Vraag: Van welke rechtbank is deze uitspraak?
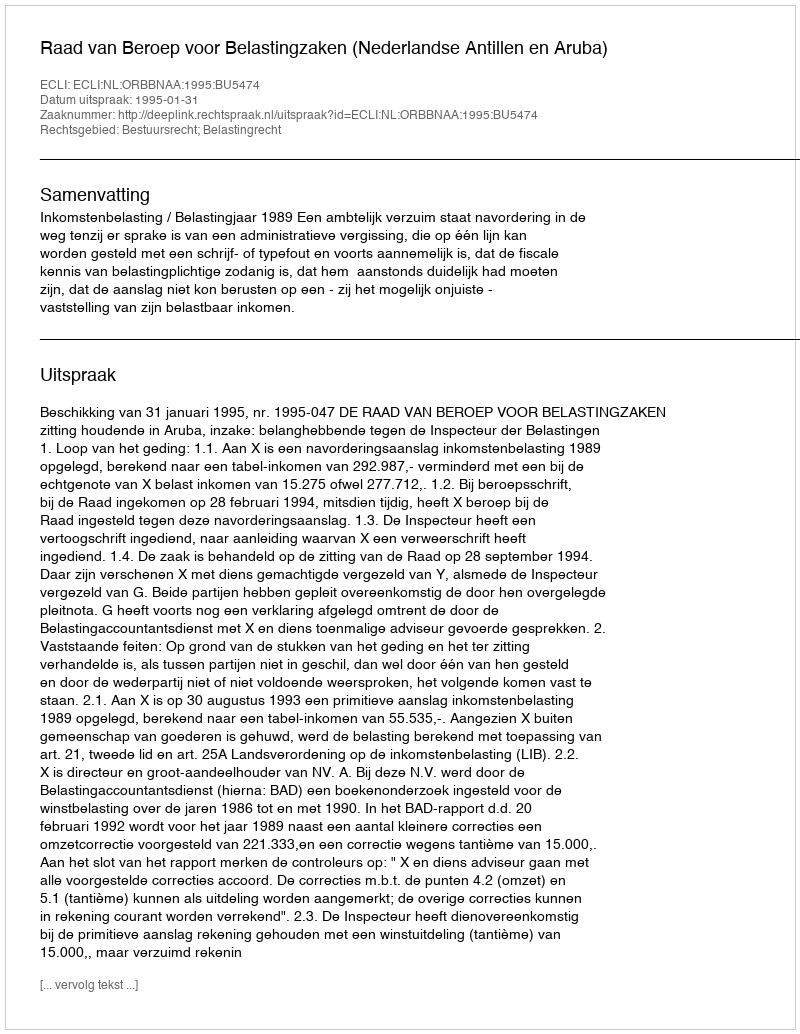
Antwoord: Raad van Beroep voor Belastingzaken (Nederlandse Antillen en Aruba)